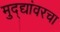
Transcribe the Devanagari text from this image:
मुद्द्यांवरचा